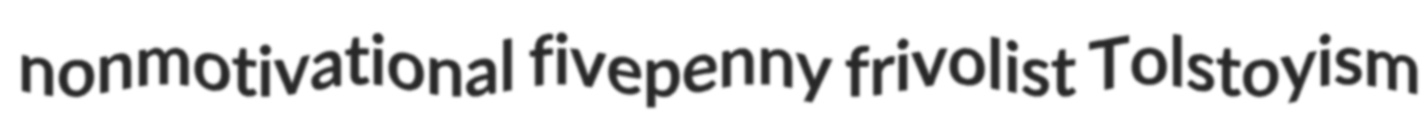
nonmotivational fivepenny frivolist Tolstoyism